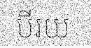
បីរយ